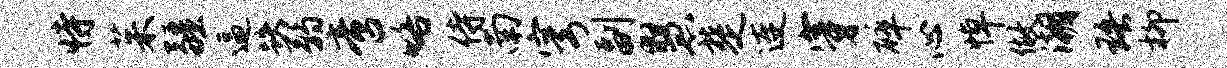
恃茱疆逼跌弱啻咯侍南穹副慧楚连穿碎心悼做潮珞柳